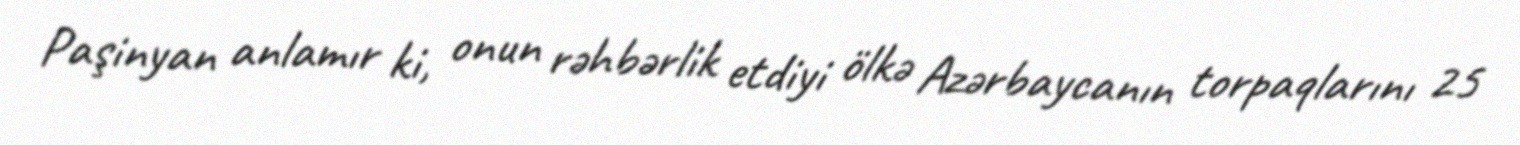
Paşinyan anlamır ki, onun rəhbərlik etdiyi ölkə Azərbaycanın torpaqlarını 25